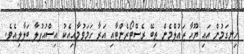
ހިނގަމުން އައި ޔޫހާ ޒައުލްމެން ތިބޭ ރެސްޓޯރެންޓާއި އަރާ ހަމަވުމާއިއެކު އިސްއުފުލާ ބަލާލިއެވެ.